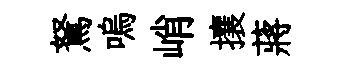
駑嗚峭攘蔣